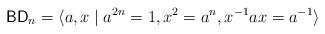
LaTeX: \begin{align*}\mathsf{BD}_n = \langle a,x\;|\;a^{2n}=1, x^2=a^n, x^{-1}ax = a^{-1} \rangle\end{align*}